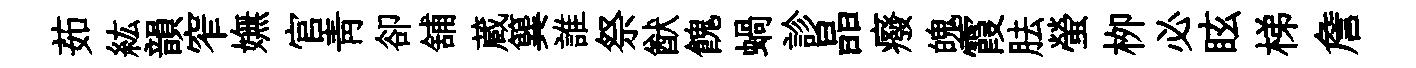
茹紘韻窄嫵官靑卻舖蔵簨誰祭猷餽蝸診晶癈魄霞胠螢栁必眩梯詹